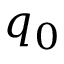
q _ { 0 }